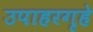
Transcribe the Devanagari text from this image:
उपाहरगृहे